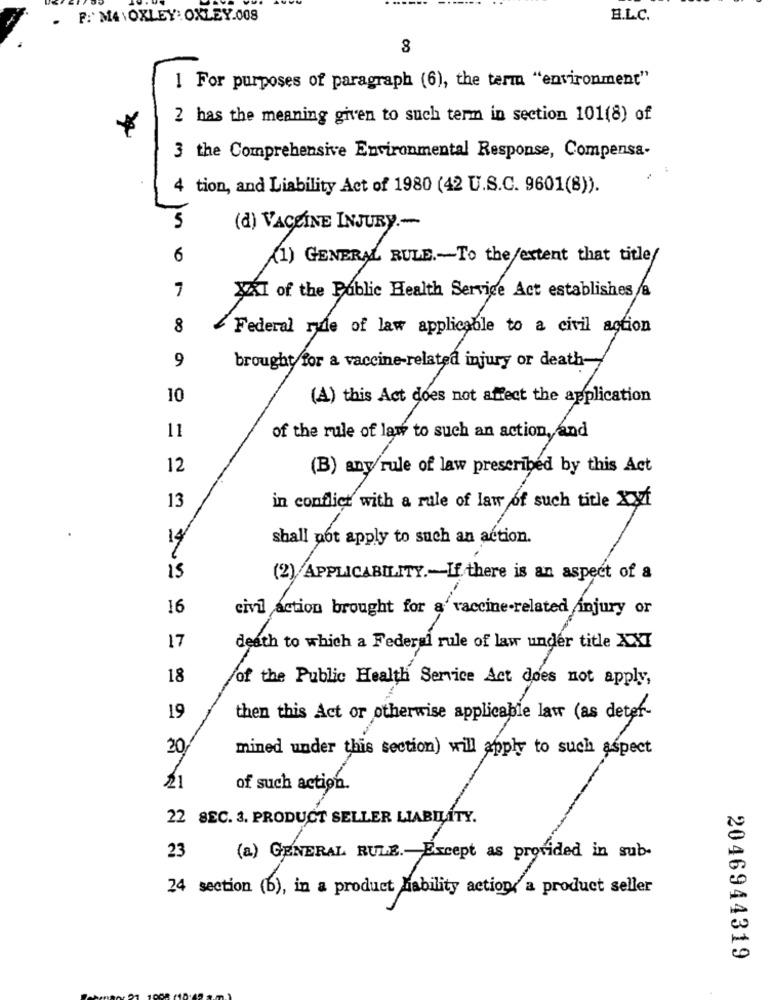
F: M4 \ OXLEY: OXLEY.008
B.L.C.
8
1 For purposes of paragraph (6), the term "environment"
2 has the meaning given to such term in section 101(8) of
3 the Comprehensive Environmental Response, Compensa-
4 tion, and Liability Act of 1980 (42 U.S.C. 9601(8)).
5
(d) VACCINE INJURY .---
6
(1) GENERAL RULE .- To the extent that title/
7
XXI of the Public Health Service Act establishes a
8
Federal rule of law applicable to a civil action
9
brought for a vaccine-related injury or death-
10
(A) this Act does not affect the application
11
of the rule of law to such an action, and
12
(B) any/rule of law prescribed by this Act
in conflict with a rule of law of such title Xy1
13
14
shall not apply to such an action.
15
(2) APPLICABILITY .- If there is an aspect of a
16
civil action brought for a' vaccine-related injury or
17
death to which a Federal rule of law under title XXI
18
of the Public Health Service Act does not apply,
19
then this Act or otherwise applicable law (as deter-
20
mined under this section) will apply to such aspect
21
of such action.
22 SEC. 3. PRODUCT SELLER LIABILITY.
23
(a) GENERAL RULE .- Except as provided in sub-
24 section (b), in a product hability action,a product seller
2046944319